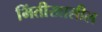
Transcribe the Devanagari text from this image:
भिंतीखालील